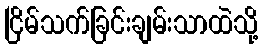
ငြိမ်သက်ခြင်းချမ်းသာထဲသို့